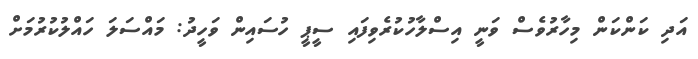
އަދި ކަންކަން މިހާރުވެސް ވަނީ އިސްލާހުކުރެވިފައި ސީޕީ ހުސައިން ވަހީދު: މައްސަލަ ހައްލުކުރުމަށް